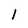
Character: l